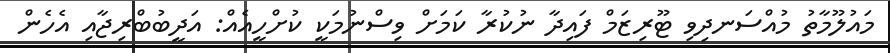
މައުލޫމާތު މުއްސަނދިވި ޓޫރިޒަމް ފައިދާ ނުކުރާ ކަމަށް ވިސްނުމަކީ ކުށްހީއެއް: އަދީބުބްރިޖާއި އެހެން